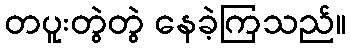
တပူးတွဲတွဲ နေခဲ့ကြသည်။